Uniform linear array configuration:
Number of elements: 12
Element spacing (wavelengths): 0.25
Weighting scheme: blackman
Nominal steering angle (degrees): -60
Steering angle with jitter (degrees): -59.543
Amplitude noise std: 0.05
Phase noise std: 0.05

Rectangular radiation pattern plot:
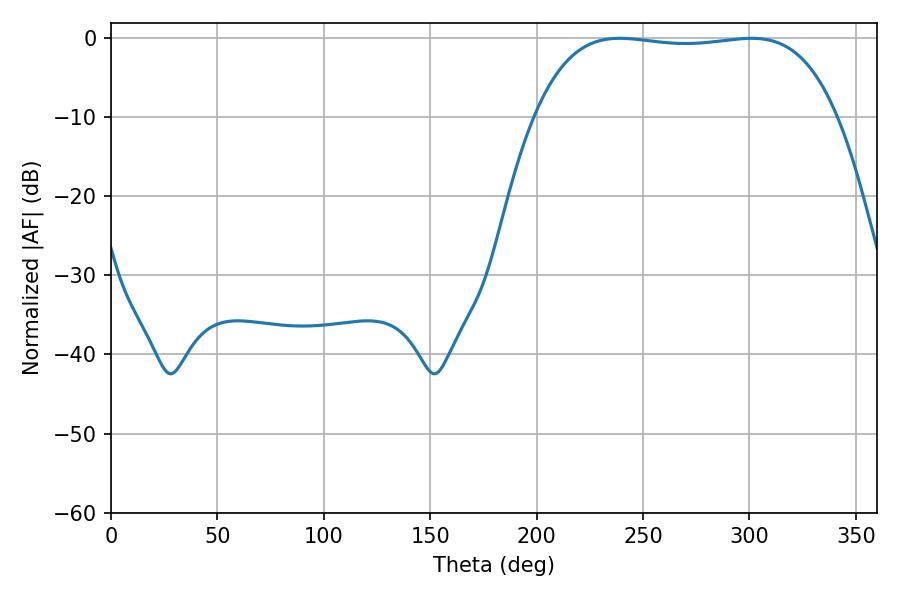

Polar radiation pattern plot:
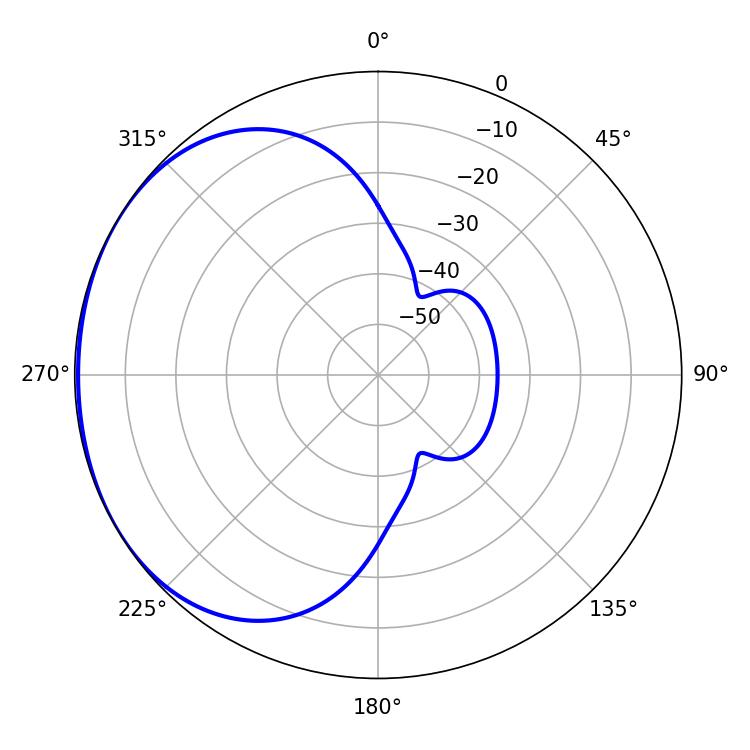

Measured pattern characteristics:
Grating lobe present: FALSE
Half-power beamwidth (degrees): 112.32
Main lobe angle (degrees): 239.04